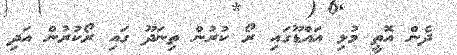
ދެން އޮތީ މުޅި އައްޑޫގައި ރޯ ކުރުން ތިނަދޫ ގައި ރޯކުރުން އަދި